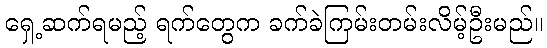
ရှေ့ဆက်ရမည့် ရက်တွေက ခက်ခဲကြမ်းတမ်းလိမ့်ဦးမည်။